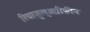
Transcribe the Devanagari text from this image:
रियाजुल्आरिफ़ीन